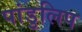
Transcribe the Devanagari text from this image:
पांडुलिप